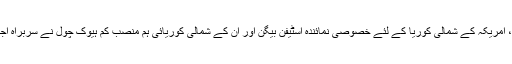
امریکی وزارت کی جمعہ کے روز جاری بیان کے مطابق، امریکہ کے شمالی کوریا کے لئے خصوصی نمائندہ اسٹیفن بیگن اور ان کے شمالی کوریائی ہم منصب کم ہیوک چول نے سربراہ اجلاس سے پہلے مذاکرات کے نئے دور پرمتفق ہوگئے ہیں ۔